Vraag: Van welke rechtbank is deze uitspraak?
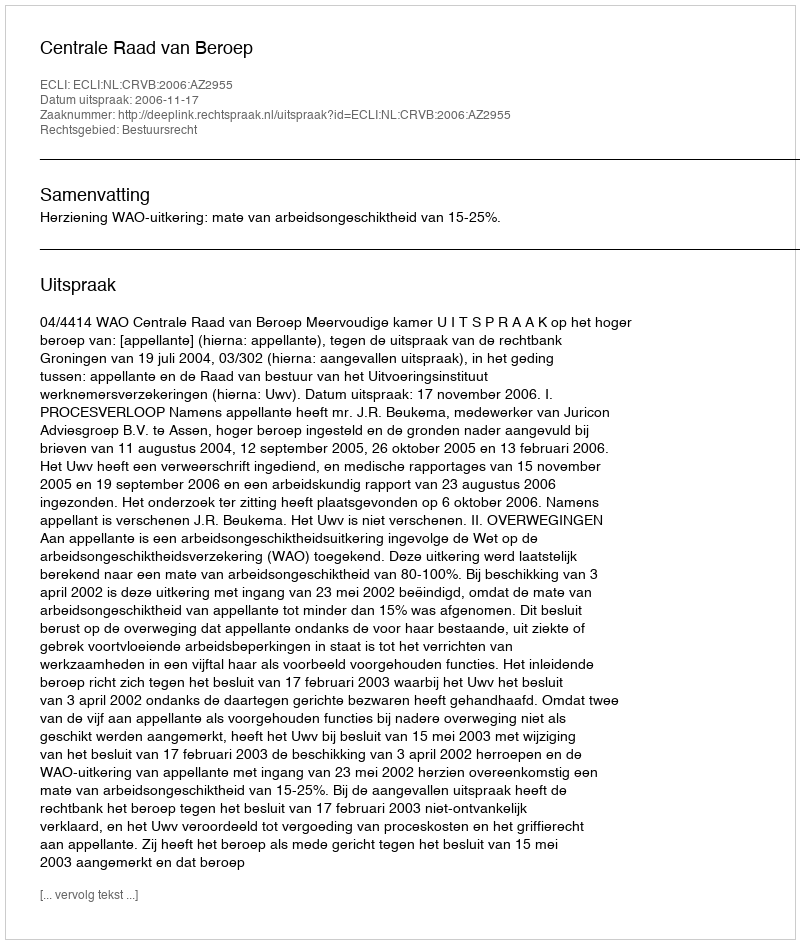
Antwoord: Centrale Raad van Beroep